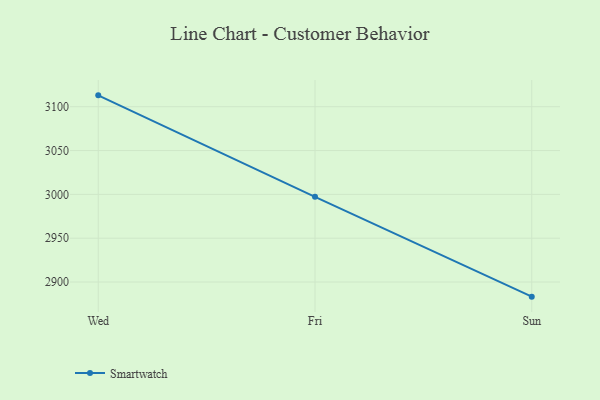
{"axis": {"x": "Day", "y": "LTV (USD)"}, "legend": ["Smartwatch"], "data": [{"x": "Wed", "y": 3113.0, "type": "Smartwatch"}, {"x": "Fri", "y": 2997.2, "type": "Smartwatch"}, {"x": "Sun", "y": 2883.3, "type": "Smartwatch"}]}